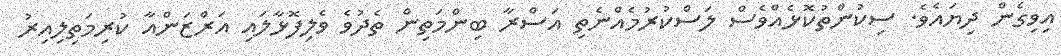
އިވިގެން ދިޔައެވެ. ސިކުންތުކޮޅެއްވެސް ލަސްކުރުމެއްނެތި އަސްރާ ބިންމަތިން ތެދުވެ ވެލިފޮޅާލައި އަރްޒަންއާ ކުރިމަތިލިއިރު